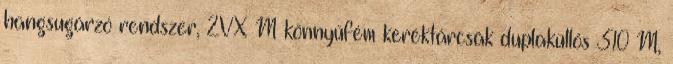
hangsugárzó rendszer, 2VX M könnyűfém keréktárcsák duplaküllős 310 M,